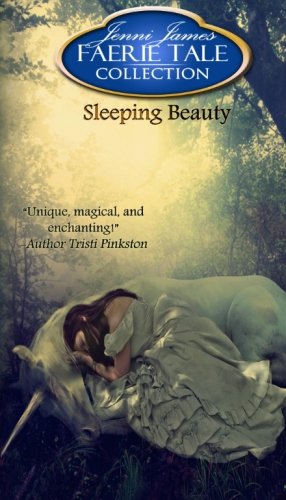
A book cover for Sleeping Beauty: Faerie Tale Collection; Jenni James; Christian Books & Bibles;